Calcutta medical institutions reports 1892-1900
Year: 1892
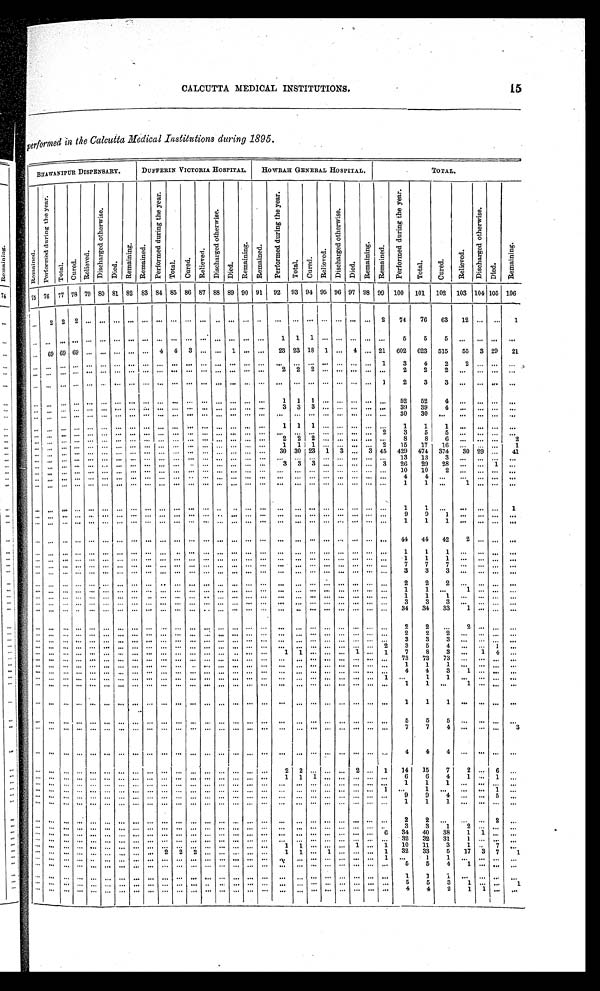
15
CALCUTTA MEDICAL INSTITUTIONS.
Performed in the Calcutta Medical Institutions during 1895.
BHAWANIPUR DISPENSARY.
DUFFERIN VICTORIA HOSPITAL.
HOWRAH GENERAL HOSPITAL.
TOTAL.
R e m a i n e d .
P e r f o r m e d d u r i n g t h e y e a r .
T o t a l .
C u r e d .
R e l i e v e d .
D i s c h a n g e d o t h e r w i s e .
D i e d .
R e m a i n i n g . R e m a i n e d .
P e r f o r m e d d u r i n g t h e y e a r .
T o t a l .
C u r e d .
R e l i e v e d .
D i s c h a r g e d o t h e r w i s e .
D i e d .
R e m a i n i n g .
R e m a i n e d .
P e r f o r m e d d u r i n g t h e y e a r .
T o t a l .
C u r e d .
R e l i e v e d .
D i s c h a r g e d o t h e r w i s e .
D i e d .
R e m a i n i n g .
R e m a i n e d .
P e r f o r m e d d u r i n g t h e y e a r .
T o t a l .
C u r e d .
R e l i e v e d .
D i s c h a g e d o t h e r w i s e .
D i e d .
R e m a i n i n g .
75
7 6
77 78 79 80 81 82 83 84 85 86 87 88 89 90 91
92
9 3 94 95 96 97 98 99
100
101
102
103 104 105
1 0 6
. . .
2 2
2
. . .
. . .. . . . . . . . .
. . .
. . .
. . .
. . .. . .
. . .
. . .
. . .. . .
. . .
. . .
. . .
. . .. . .
. . . 2
74
76
63
12
. . .
. . .
1
. . .
. . .
. . .
. . .
. . .
. . .. . . . . . . . .
. . .
. . .
. . .
. . .
. . .. . .
. . .
. . .
1
1
1 . . .
. . .. . .
. . .
. . .
5
5
5
. . .
. . .
. . .
. . .
. . .
69
69
69
. . .
. . .. . . . . . . . .
4
4
3
. . .
. . .
1
. . .
. . .
23 23 18
1 . . .
4
. . . 21
602
623
515
55
3 29
21
. . .
. . .
. . .
. . .
. . .
. . .. . . . . . . . .
. . .
. . .
. . .
. . .
. . .
. . .
. . .
. . .
. . .
. . .
. . . . . .
. . .
. . .
. . .
1
3
4
2
2
. . .
. . .
. . .
. . .
. . .
. . .
. . .
. . .
. . .. . . . . . . . .
. . .
. . .
. . .
. . .
. . .
. . .
. . .
. . .
2
2
2 . . .
. . .
. . .
. . .
. . .
2
2
2
. . .
. . .
. . .
. . .
. . .
. . .
. . .
. . .
. . .
. . .. . . . . . . . .
. . .
. . .
. . .
. . .
. . .
. . .
. . .
. . .
. . .
. . .
. . . . . .
. . .
. . .
. . .
1
2
3
3 . . .
. . .
. . .
. . .
. . .
. . .
. . . . . .
. . .
. . . . . .
. . .
. . .
. . .
. . .
. . .
. . .
. . .
. . .
. . .
. . .
1
1
1 . . .
. . .
. . .
. . .
. . .
5 2
5 2
4
. . .
. . .
. . .
. . .
. . .
. . .
. . .
. . .
. . .
. . . . . .
. . .
. . .
. . .
. . .
. . .
. . .
. . .
. . .
. . .
. . .
3
3
3
. . .
. . .
. . .
. . .
. . .
3 9
39
4
. . .
. . .
. . .
. . .
. . .
. . .
. . .
. . .
. . .
. . .. . .
. . .
. . .
. . .
. . .
. . .
. . .
. . .
. . .
. . .
. . .
. . .
. . .
. . . . . .
. . .
. . .
. . .
. . . 30
30
. . .. . .
. . .
. . .
. . .
. . .
. . .
. . .
. . .
. . .
. . .
. . .
. . .
. . .
. . .
. . .
. . .
. . .
. . .
. . .
. . .
. . .
1
1
1 . . . . . .
. . .
. . .
. . .
1
1
1
. . .
. . .
. . .
. . .
. . .
. . .
. . .
. . .
. . .
. . .
. . .
. . .
. . .
. . .
. . .
. . .
. . .
. . .
. . .
. . .
. . .
. . .
. . .
. . . . . . . . .
. . .
. . . 2
3
5
5
. . .
. . .
. . .
. . .
. . .
. . . . . .
. . .
. . .
. . .
. . .
. . . . . .
. . .
. . .
. . .
. . .
. . .
. . .
. . .
. . .
2
2
2 . . . . . .
. . .
. . .
. . .
8
8
6
. . .
. . .
. . .
2
. . .
. . .
. . .
. . .
. . .
. . .
. . .
. . .
. . .
. . .
. . .
. . .
. . .
. . .
. . .
. . .
. . .
1
1
1
. . . . . .
. . .
. . .
2
15
17
16
. . .
. . .
. . .
1
. . .
. . .
. . .
. . .
. . .
. . .
. . .
. . . . . .
. . .
. . .
. . .
. . .
. . .
. . .
. . .
. . .
30 30 23
1
3
. . .
3 45
429
474
374
30 29
. . .
41
. . .
. . .
. . . . . .
. . .
. . .
. . .
. . .
. . .
. . .
. . .
. . .
. . .
. . .
. . .
. . .
. . .
. . .
. . .
. . .
. . . . . .
. . .
. . .
. . .
13
13
3
. . .
. . .
. . .
. . .
. . .
. . .
. . .
. . .
. . .
. . .
. . .
. . .
. . .
. . .
. . .
. . .
. . .
. . .
. . .
. . .
. . .
3
3
3
. . . . . .
. . .
. . .
3
26
29
28
. . .
. . .
1
. . .
. . .
. . .
. . .
. . .
. . .
. . .
. . .
. . .
. . .
. . .
. . .
. . .
. . .
. . .
. . .
. . .
. . .
. . .
. . .
. . . . . . . . .
. . .
. . .
. . .
10
10
2
. . .
. . .
. . .
. . .
. . .
. . .
. . .
. . .
. . .
. . .
. . .
. . .
. . .
. . .
. . .
. . .
. . .
. . .
. . .
. . .
. . .
. . .
. . .
. . .
. . .
. . .
. . .
. . .
. . .
4
4
. . .
. . .
. . .
. . .
. . .
. . .
. . .
. . .
. . .
. . .
. . .
. . .
. . .
. . .
. . .
. . .
. . .
. . .
. . .
. . .
. . .
. . .
. . .
. . .
. . . . . . . . .
. . .
. . .
. . .
1
1
. . .
1
. . .
. . .
. . .
. . .
. . .
. . .
. . .
. . .
. . .
. . .
. . .
. . .
. . .
. . .
. . .
. . .
. . .
. . .
. . .
. . .
. . .
. . .
. . . . . .
. . .
. . .
. . .
. . .
1
1
. . .
. . .
. . .
. . .
1
. . .
. . .
. . .
. . .
. . .
. . .
. . .
. . .
. . .
. . .
. . .
. . .
. . .
. . .
. . .
. . .
. . .
. . .
. . .
. . . . . .
. . .
. . .
. . .
. . .
9
9
1
. . .
. . .
. . .
. . .
. . .
. . .
. . .
. . .
. . .
. . .
. . .
. . .
. . .
. . .
. . .
. . .
. . .
. . .
. . .
. . .
. . .
. . .
. . .
. . .
. . .
. . .
. . .
. . .
. . .
1
1
1
. . .
. . .
. . .
. . .
. . .
. . .
. . .
. . .
. . .
. . .
. . .
. . .
. . .
. . .
. . .
. . .
. . .
. . .
. . .
. . .
. . .
. . .
. . .
. . . . . . . . .
. . .
. . .
. . .
4 4
4 4
4 2
2
. . .
. . .
. . .
. . .
. . .
. . .
. . .
. . .
. . .
. . .
. . .
. . .
. . .
. . .
. . .
. . .
. . .
. . .
. . .
. . .
. . .
. . .
. . .
. . .
. . .
. . .
. . .
. . .
1
1
1 . . .
. . .
. . .
. . .
. . .
. . .
. . .
. . .
. . .
. . .
. . .
. . .
. . .
. . .
. . .
. . .
. . .
. . .
. . .
. . .
. . .
. . .
. . .
. . .
. . .
. . .
. . .
. . .
. . .
1
1
1 . . .
. . .
. . .
. . .
. . .
. . .
. . .
. . .
. . .
. . .
. . .
. . .
. . .
. . .
. . .
. . .
. . .
. . .
. . .
. . .
. . .
. . .
. . .
. . .
. . . . . .
. . .
. . .
. . .
7
7
7 . . .
. . .
. . .
. . .
. . .
. . .
. . .
. . . . . .
. . .
. . .
. . .
. . .
. . .
. . .
. . .
. . .
. . .
. . .
. . .
. . .
. . .
. . .
. . .
. . . . . .
. . .
. . .
. . .
3
3
3 . . .
. . .
. . .
. . .
. . .
. . .
. . .
. . .
. . .
. . .
. . .
. . .
. . .
. . .
. . .
. . .
. . .
. . .
. . .
. . .
. . .
. . .
. . .
. . .
. . . . . .
. . .
. . .
. . .
2
2
2
. . .
. . .
. . .
. . .
. . .
. . .
. . .
. . .
. . .
. . . . . .
. . .
. . .
. . .
. . .
. . .
. . .
. . .
. . .
. . .
. . .
. . .
. . .
. . .
. . . . . .
. . .
. . .
. . .
1
1
. . . 1
. . .
. . .
. . .
. . .
. . .
. . .
. . .
. . .
. . .
. . .
. . .
. . .
. . .
. . .
. . .
. . .
. . .
. . .
. . .
. . .
. . .
. . .
. . .
. . . . . .
. . .
. . .
. . .
1
1
1
. . .
. . .
. . .
. . .
. . .
. . .
. . .
. . .
. . .
. . .
. . .
. . .
. . .
. . .
. . .
. . .
. . .
. . .
. . .
. . .
. . .
. . .
. . .
. . .
. . . . . .
. . .
. . .
. . .
3
3
3
. . .
. . .
. . .
. . .
. . .
. . .
. . .
. . .
. . .
. . .
. . .
. . .
. . .
. . .
. . .
. . .
. . .
. . .
. . .
. . .
. . .
. . .
. . .
. . . . . . . . .
. . .
. . .
. . . 34
34
33 1
. . .
. . .
. . .
. . .
. . .
. . .
. . .
. . .
. . .
. . .. . .
. . .
. . .
. . .
. . .
. . .
. . .
. . .
. . .
. . .
. . .
. . .
. . . . . . . . .
. . .
. . .
. . .
2
2
. . . 2
. . .
. . .
. . .
. . .
. . .
. . .
. . .
. . .
. . .
. . .. . .
. . .
. . .
. . .
. . .
. . .
. . .
. . .
. . .
. . .
. . .
. . .
. . . . . . . . .
. . .
. . .
. . .
2
2
2
. . .
. . .
. . .
. . .
. . .
. . .
. . .
. . .
. . .
. . .
. . .. . .
. . .
. . .
. . .
. . .
. . .
. . .
. . .
. . .
. . .
. . .
. . .
. . . . . . . . .
. . .
. . .
. . .
3
3
3
. . .
. . .
. . .
. . .
. . .
. . .
. . .
. . .
. . .
. . .
. . .. . .
. . .
. . .
. . .
. . .
. . .
. . .
. . .
. . .
. . .
. . .
. . .
. . . . . . . . .
. . .
. . . 2
3
5
4
. . .
. . .
1
. . .
. . . . . .
. . .
. . .
. . .
. . .
. . .
. . .
. . .
. . .
. . .
. . .
. . .
. . .
. . .
. . .
. . .
1
1
. . .
. . . . . .
1
. . .
1
7
8
3
. . .
1
4
. . .
. . .
. . .
. . .
. . .
. . .
. . .
. . . . . .
. . .
. . .
. . .
. . .
. . .
. . .
. . .
. . .
. . .
. . .
. . .
. . . . . . . . .
. . .
. . .
. . .
73
73
73
. . .
. . .
. . .
. . .
. . .
. . .
. . .
. . .
. . .
. . . . . .
. . .
. . .
. . .
. . .
. . .
. . .
. . .
. . .
. . .
. . .
. . .
. . . . . . . . .
. . .
. . .
. . .
1
1
1
. . .
. . .
. . .
. . .
. . .
. . .
. . .
. . .
. . .
. . .
. . .
. . .
. . .
. . .
. . .
. . .
. . .
. . .
. . .
. . .
. . .
. . .
. . .
. . .
. . . . . .
. . .
. . .
. . .
4
4
3
1
. . .
. . .
. . .
. . .
. . .
. . .
. . .
. . .
. . .
. . .
. . .
. . .
. . .
. . .
. . .
. . .
. . .
. . .
. . .
. . .
. . .
. . .
. . .
. . . . . .
. . .
. . .
1
. . .
1
1
. . .
. . .
. . .
. . .
. . .
. . .
. . .
. . .
. . .
. . .
. . . . . .
. . .
. . .
. . .
. . .
. . .
. . .
. . .
. . .
. . .
. . .
. . .
. . . . . . . . .
. . .
. . .
. . .
1
1
. . .
1
. . .
. . .
. . .
. . .
. . .
. . .
. . .
. . .
. . .
. . . . . .
. . .
. . .
. . .
. . .
. . .
. . .
. . .
. . .
. . .
. . .
. . .
. . .
. . .. . .
. . .
. . .
. . .
1
1
1
. . .
. . .
. . .
. . .
. . .
. . .
. . .
. . .
. . .
. . .
. . .
. . .
. . .
. . .
. . .
. . .
. . .
. . .
. . .
. . .
. . .
. . .
. . .
. . .
. . .. . .
. . .
. . .
. . .
5
5
5
. . .
. . .
. . .
. . .
. . .
. . .
. . .
. . .
. . .
. . .
. . .. . .
. . .
. . .
. . .
. . .
. . .
. . .
. . .
. . .
. . .
. . .
. . .
. . .
. . .. . .
. . .
. . .
. . .
7
7
4 . . .
. . .
. . .
3
. . .
. . .
. . .
. . .
. . .
. . .
. . . . . .
. . .
. . .
. . .
. . .
. . .
. . .
. . .
. . .
. . .
. . .
. . .
. . .
. . . . . .
. . .
. . .
. . .
4
4
4 . . .
. . .
. . .
. . .
. . .
. . .
. . .
. . .
. . .
. . .
. . . . . .
. . .
. . .
. . .
. . .
. . .
. . .
. . .
. . .
. . .
2
2
. . .
. . . . . .
2
. . .
1
1 4
1 5
7
2
. . .
6
. . .
. . .
. . .
. . . . . .
. . .
. . . . . .
. . .
. . .
. . .
. . .
. . .
. . .
. . .
. . .
. . .
. . .
1
1
1
. . . . . .
. . .
. . .
. . .
6
6
4
1
. . .
1
. . .
. . .
. . .
. . .
. . .
. . .
. . .
. . .
. . .
. . .
. . .
. . .
. . .
. . .
. . .
. . .
. . .
. . .
. . .
. . .
. . .
. . .
. . .
. . .
. . .
. . .
1
1
1
. . .
. . .
. . .
. . .
. . .
. . .
. . .
. . .
. . .
. . .
. . .
. . .
. . .
. . .
. . .
. . .
. . .
. . .
. . .
. . .
. . .
. . .
. . .
. . .
. . . . . .
. . .
. . .
1
. . .
1
. . .
. . .
. . .
1
. . .
. . .
. . .
. . .
. . .
. . .
. . .
. . . . . .
. . .
. . .
. . .
. . .
. . .
. . .
. . .
. . .
. . .
. . .
. . .
. . .
. . . . . .
. . .
. . .
. . .
9
9
4
. . .
. . .
5
. . .
. . .
. . .
. . .
. . .
. . .
. . .
. . . . . .
. . .
. . .
. . .
. . .
. . .
. . .
. . .
. . .
. . .
. . .
. . .
. . .
. . . . . .
. . .
. . .
. . .
1
1
1
. . .
. . .
. . .
. . .
. . .
. . .
. . .
. . .
. . .
. . .
. . .
. . .
. . .
. . .
. . .
. . .
. . .
. . .
. . .
. . .
. . .
. . .
. . .
. . . . . . . . .
. . .
. . .
. . .
2
2
. . .. . .
. . .
2
. . .
. . .
. . .
. . .
. . .
. . .
. . .
. . .
. . .
. . .
. . .
. . .
. . .
. . .
. . .
. . .
. . .
. . .
. . .
. . .
. . . . . . . . .
. . .
. . .
. . .
3
3
1
2
. . . . . .
. . .
. . .
. . .
. . .
. . .
. . .
. . .
. . .
. . .
. . .
. . .
. . .
. . .
. . .
. . .
. . .
. . .
. . .
. . .
. . .
. . . . . . . . .
. . .
. . .
6
3 4
4 0
3 8
1
1
. . .
. . .
. . .
. . .
. . .
. . .
. . . . . .
. . .
. . .
. . .
. . .
. . .
. . .
. . .
. . .
. . .
. . .
. . .
. . .
. . .
. . .
. . .
. . .
. . .
. . .
. . .
3 2
3 2
3 1
1
. . .
. . .
. . .
. . .
. . .
. . .
. . .
. . .
. . .
. . .
. . .
. . .
. . .
. . .
. . .
. . .
. . .
. . .
. . .
. . .
1
1
. . .
. . .
. . .
1
. . .
1
1 0
1 1
3
1
. . .
7
. . .
. . .
. . .
. . .
. . .
. . .
. . .
. . .
. . .
. . .
2
2
2
. . .
. . .
. . .
. . .
. . .
1
1
. . .
1 . . .
. . .
. . .
1
3 2
3 3
5
1 7 3
7
1
. . .
. . .
. . .
. . .
. . .
. . .
. . .
. . .
. . .
. . .
. . .
. . .
. . .
. . .
. . .
. . .
. . .
. . .
. . .
. . .. . . . . .
. . .
. . .
1
. . .
1
1
. . .
. . .
. . .
. . .
. . .
. . .
. . .
. . .
. . .
. . .
. . .
. . .
. . .
. . .
. . .
. . .
. . .
. . .
. . .
. . .
. . .
. . .
. . .
. . .. . . . . .
. . .
. . .
. . .
5
5
4
1
. . .
. . .
. . .
. . .
. . .
. . .
. . .
. . .
. . .
. . .
. . .
. . .
. . .
. . .
. . .
. . .
. . .
. . .
. . .
. . .
. . .
. . .
. . .
. . . . . .
. . .
. . .
. . .
1
1
1
. . .
. . . . . .
. . .
. . .
. . .
. . .
. . .
. . .
. . .
. . .
. . .
. . .
. . .
. . .
. . .
. . .
. . .
. . .
. . .
. . .
. . .
. . .
. . .
. . . . . .
. . .
. . .
. . .
5
5
3
1
. . .
. . .
1
. . .
. . .
. . . . . .
. . .
. . .
. . .
. . .
. . .
. . .
. . .
. . .
. . .
. . .
. . .
. . .
. . .
. . .
. . .
. . .
. . . . . .
. . .
. . .
. . .
4
4
2
1
1
. . .
. . .